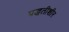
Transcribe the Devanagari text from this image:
पद्धतीशीर